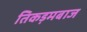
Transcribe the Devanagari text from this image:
तिकड़मबाज